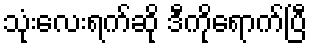
သုံးလေးရက်ဆို ဒီကိုရောက်ပြီ